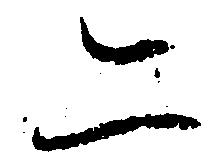
二